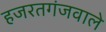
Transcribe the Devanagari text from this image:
हजरतगंजवाले